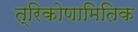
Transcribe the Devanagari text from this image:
त्रिकोणामितिक